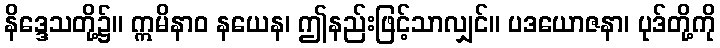
နိဒ္ဒေသတို့၌။ ဣမိနာဝ နယေန၊ ဤနည်းဖြင့်သာလျှင်။ ပဒယောဇနာ၊ ပုဒ်တို့ကို